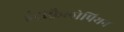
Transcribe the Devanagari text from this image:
इंट्रोफ़ैलोपियन